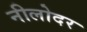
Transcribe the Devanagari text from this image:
नीलोदर